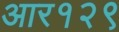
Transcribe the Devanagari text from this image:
आर१२९